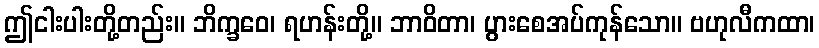
ဤငါးပါးတို့တည်း။ ဘိက္ခဝေ၊ ရဟန်းတို့။ ဘာဝိတာ၊ ပွားစေအပ်ကုန်သော။ ဗဟုလီကထာ၊